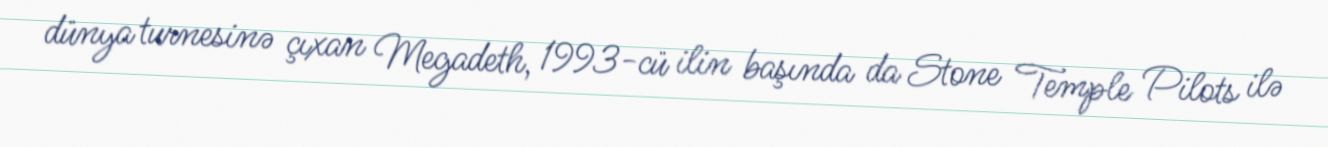
dünya turnesinə çıxan Megadeth, 1993-cü ilin başında da Stone Temple Pilots ilə